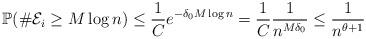
LaTeX: \begin{align*}\mathbb{P}(\#{\cal E}_i \geq M\log{n}) \leq \frac{1}{C} e^{-\delta_0M\log{n}} = \frac{1}{C} \frac{1}{n^{M\delta_0}} \leq \frac{1}{n^{\theta+1}}\end{align*}